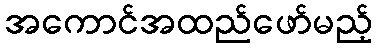
အကောင်အထည်ဖော်မည့်